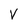
Character: V